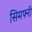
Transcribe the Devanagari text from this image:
सिमफ्नी